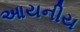
આયનીય